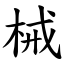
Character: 械